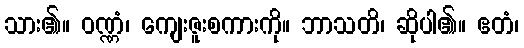
သား၏။ ဝဏ္ဏံ၊ ကျေးဇူးစကားကို။ ဘာသတိ၊ ဆိုပါ၏။ ဧတံ၊